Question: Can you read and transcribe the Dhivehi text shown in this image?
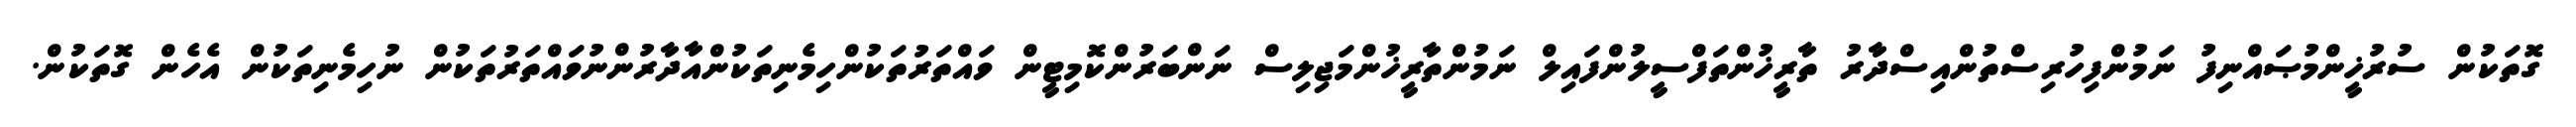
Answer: ގޮތަކުން ސުރުޚީންމުޞައްނިފު ނަމުންފިހުރިސްތުންއިސްދާރު ތާރީޚުންތަފްސީލުންފައިލް ނަމުންތާރީޚުންމަޖިލިސް ނަންބަރުންކޮމިޓީން ވައްތަރުތަކުންހިމެނިތަކުންއާދާރުންނުވައްތަރުތަކުން ނުހިމެނިތަކުން އެހެން ގޮތަކުން.